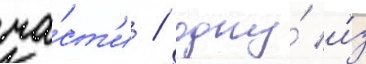
ча́ст'и / одну́ и́з